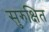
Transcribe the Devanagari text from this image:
सुरुक्षित